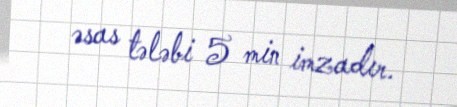
əsas tələbi 5 min imzadır.